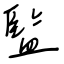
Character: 監